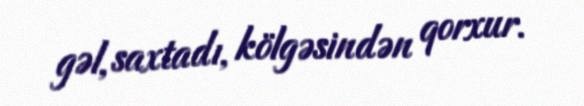
gəl, saxtadı, kölgəsindən qorxur.